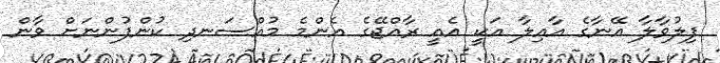
ފިލުވާލާ އޭނާގެ އާއިލާ އަކީ އެއީ ރާއްޖޭގެ އެންމެ މުއްސަނދި ކުންފުންނަށް ވާން